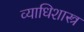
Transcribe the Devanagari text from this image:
व्याधिशास्त्र